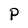
Character: P